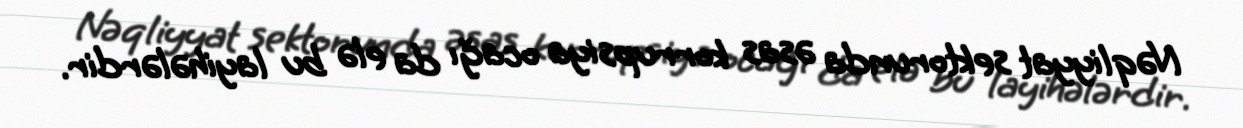
Nəqliyyat sektorunda əsas korrupsiya ocağı da elə bu layihələrdir.